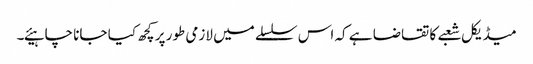
میڈیکل شعبے کا تقاضا ہے کہ اس سلسلے میں لازمی طور پر کچھ کیا جانا چاہیئے۔